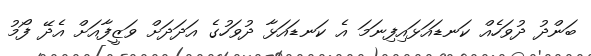
ބަންދު ދުވަހެއް ކަނޑައަޅައިފިނަމަ އެ ކަނޑައަޅާ ދުވަހުގެ އަދަދަށް ވަޒީފާއަށް އެދޭ ފޯމު